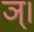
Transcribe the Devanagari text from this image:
ञ्।